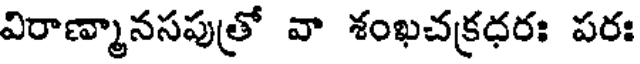
విరాణ్మానసపుత్రో వా శంఖచక్రధరః పరః